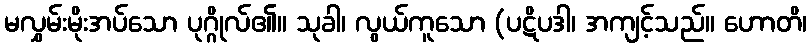
မလွှမ်းမိုးအပ်သော ပုဂ္ဂိုလ်၏။ သုခါ၊ လွယ်ကူသော (ပဋိပဒါ၊ အကျင့်သည်။ ဟောတိ၊